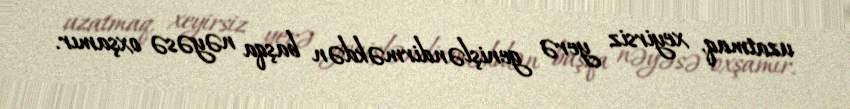
uzatmaq, xeyirsiz yerə genişləndirməkdən başqa nəyəsə oxşamır.